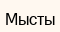
Мысты